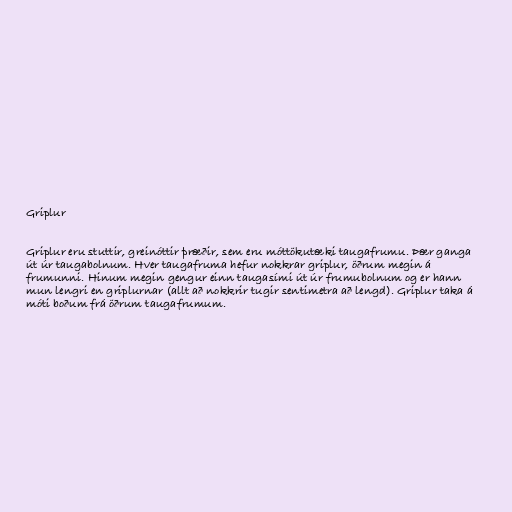
Griplur

Griplur eru stuttir, greinóttir þræðir, sem eru móttökutæki taugafrumu. Þær ganga
út úr taugabolnum. Hver taugafruma hefur nokkrar griplur, öðrum megin á
frumunni. Hinum megin gengur einn taugasími út úr frumubolnum og er hann
mun lengri en griplurnar (allt að nokkrir tugir sentimetra að lengd). Griplur taka á
móti boðum frá öðrum taugafrumum.